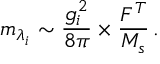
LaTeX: m _ { \lambda _ { i } } \sim \frac { g _ { i } ^ { 2 } } { 8 \pi } \times \frac { F ^ { T } } { M _ { s } } \, .